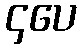
၄ပေ